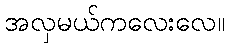
အလှမယ်ကလေးလေ။